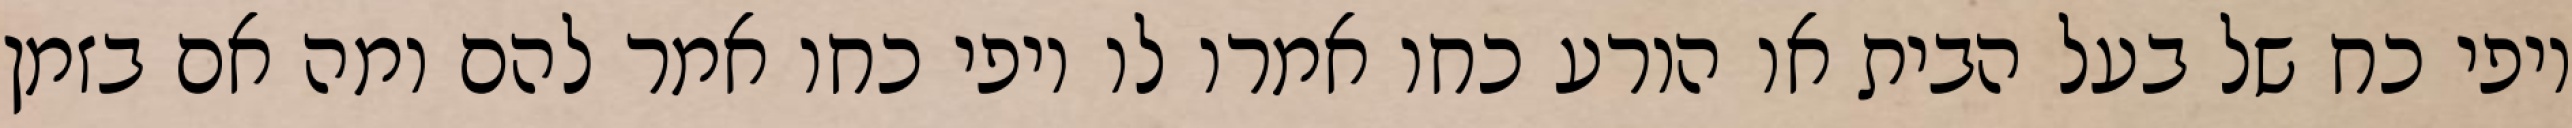
יופי כח של בעל הבית או הורע כחו אמרו לו יופי כחו אמר להם ומה אם בזמן